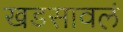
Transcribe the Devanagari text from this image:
खडसावलं